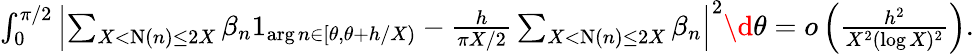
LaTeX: \begin{array}{r}{\int_{0}^{\pi/2}\left|\sum_{X<\textnormal{N}(n)\le 2X}\beta_{n}1_{\arg n\in[\theta,\theta+h/X)}-\frac{h}{\pi X/2}\sum_{X<\textnormal{N}(n)\le 2X}\beta_{n}\right|^{2}\d\theta=o\left(\frac{h^{2}}{X^{2}(\log X)^{2}}\right).}\end{array}